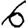
Digit: 6